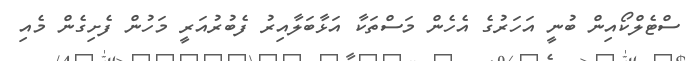
ސްޓެލްކޯއިން ބުނީ އަހަރުގެ އެހެން މަސްތަކާ އަޅާބަލާއިރު ފެބުރުއަރީ މަހުން ފެށިގެން މެއި